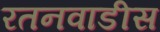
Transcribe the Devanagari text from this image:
रतनवाडीस